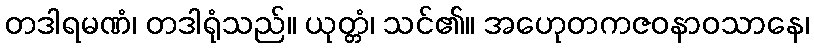
တဒါရမဏံ၊ တဒါရုံသည်။ ယုတ္တံ၊ သင်၏။ အဟေုတကဇဝနာဝသာနေ၊